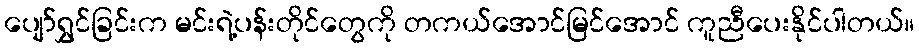
ပျော်ရွှင်ခြင်းက မင်းရဲ့ပန်းတိုင်တွေကို တကယ်အောင်မြင်အောင် ကူညီပေးနိုင်ပါတယ်။